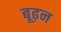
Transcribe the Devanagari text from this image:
बूढ़न